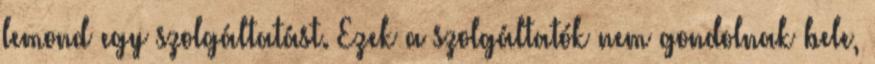
lemond egy szolgáltatást. Ezek a szolgáltatók nem gondolnak bele,